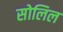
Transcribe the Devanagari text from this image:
सोलिल